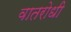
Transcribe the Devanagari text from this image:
वातरोधी